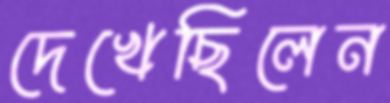
দেখেছিলেন